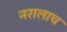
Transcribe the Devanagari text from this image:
नरालाच